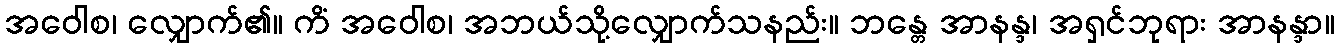
အဝေါစ၊ လျှောက်၏။ ကိံ အဝေါစ၊ အဘယ်သို့လျှောက်သနည်း။ ဘန္တေ အာနန္ဒ၊ အရှင်ဘုရား အာနန္ဒာ။